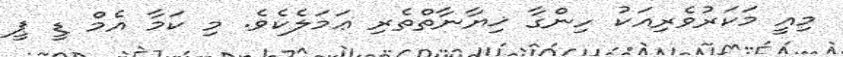
މިއީ މަކަރުވެރިއަކު ހިންގާ ޚިޔާނާތްތެރި ޢަމަލެކެވެ. މި ކަމާ އެމް ޑީ ޕީ